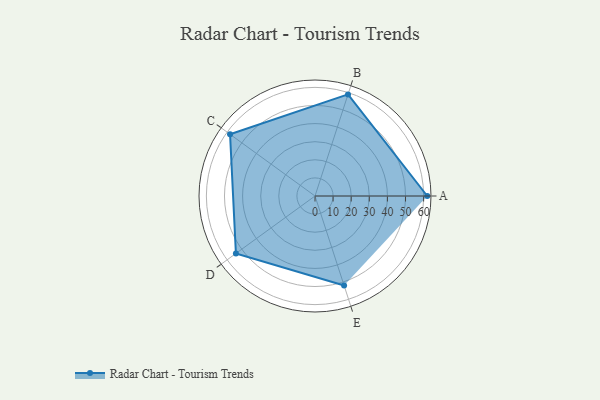
{"axis": {"x": "Skill", "y": "Score"}, "legend": ["Profile"], "data": [{"x": "A", "y": 62.0, "type": "Profile"}, {"x": "B", "y": 59.0, "type": "Profile"}, {"x": "C", "y": 58.0, "type": "Profile"}, {"x": "D", "y": 54.0, "type": "Profile"}, {"x": "E", "y": 52.0, "type": "Profile"}]}